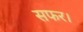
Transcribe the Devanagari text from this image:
सफर।